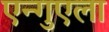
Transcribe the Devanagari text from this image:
एन्गुएला